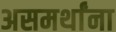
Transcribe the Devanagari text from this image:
असमर्थांना